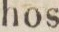
hos